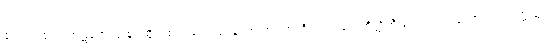
တေသု ဧကသာဋကေသု စ၊ ထိုတစ်ထည်တည်းသော အဝတ်ကိုဝတ်သော တိတ္ထိတို့သည်လည်းကောင်း။ သတ္တသု၊